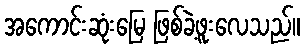
အကောင်းဆုံးမြေ ဖြစ်ခဲ့ဖူးလေသည်။